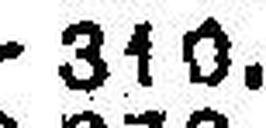
310.—